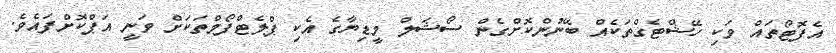
އެފޮޓޯތައް ވަކި ހޭޝްޓެގްތަކެއް ބޭނުންކޮށްގެން ސޯޝަލް މީޑިޔާގެ އެކި ޕްލެޓްފޯމްތަކަށް ވަނީ އަޕްކޮށްފައެވެ.